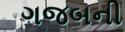
ગજબની